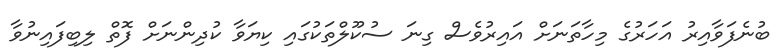
ބުނެފަވާއިރު އަހަރުގެ މިހާތަނަށް އައިރުވެސް ގިނަ ސުކޫލްތަކުގައި ކިޔަވާ ކުދިންނަށް ފޮތް ލިބިފައިނުވާ